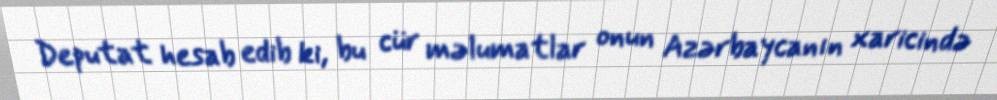
Deputat hesab edib ki, bu cür məlumatlar onun Azərbaycanın xaricində